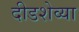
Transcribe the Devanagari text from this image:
दीडशेव्या